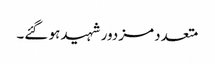
متعدد مزدور شہید ہو گئے۔